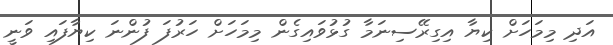
އަދި މިމަހަށް ކިޔާ އިގިރޭސިނަމާ ގުޅުވައިގެން މިމަހަށް ހަރުފަ ފުންނަ ކިޔާފައި ވަނީ